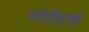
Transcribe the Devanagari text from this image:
ज्योतीदांची